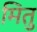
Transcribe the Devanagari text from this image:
मितु